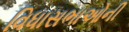
વિધાસભાઓની